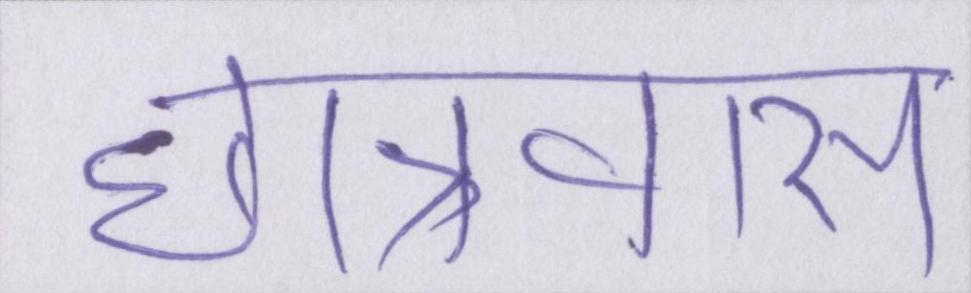
छात्रावास